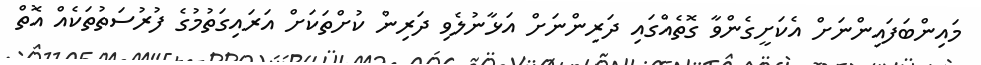
މައިންބަފައިންނަށް އެކަށީގެންވާ ގޮތެއްގައި ދަރިންނަށް އަޅާނުލެވި ދަރިން ކުށްތަކަށް އަރައިގަތުމުގެ ފުރުސަތުތަކެއް އޮތް